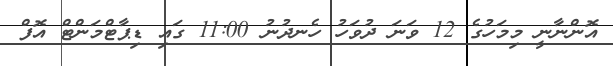
އޮންނާނީ މިމަހުގެ 12 ވަނަ ދުވަހު ހެނދުނު 11:00 ގައި ޑިޕާޓްމަންޓް އޮފް